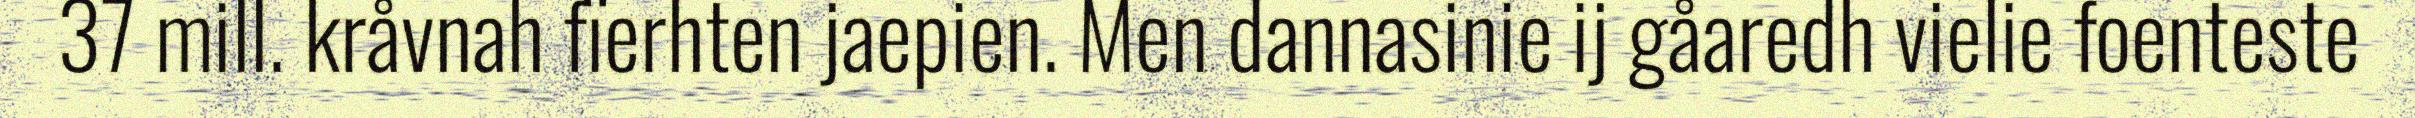
37 mill. kråvnah fïerhten jaepien. Men dannasinie ij gåaredh vielie foenteste